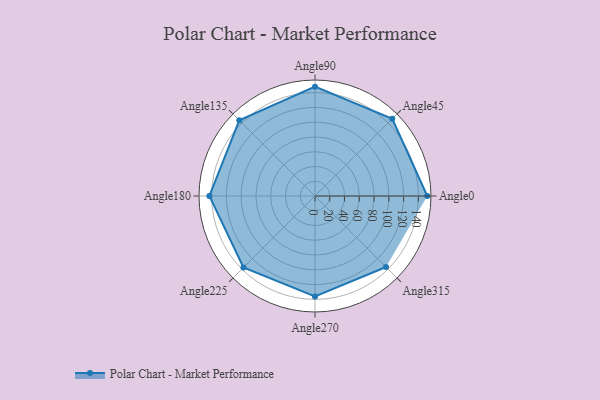
{"axis": {"x": "Angle", "y": "Radius"}, "legend": [""], "data": [{"x": "Angle0", "y": 152.0, "type": ""}, {"x": "Angle45", "y": 148.0, "type": ""}, {"x": "Angle90", "y": 148.0, "type": ""}, {"x": "Angle135", "y": 145.0, "type": ""}, {"x": "Angle180", "y": 143.0, "type": ""}, {"x": "Angle225", "y": 137.0, "type": ""}, {"x": "Angle270", "y": 136.0, "type": ""}, {"x": "Angle315", "y": 136.0, "type": ""}]}